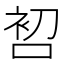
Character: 𱓑